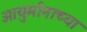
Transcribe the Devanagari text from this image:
आयुर्मानाच्या